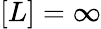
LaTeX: [L]=\infty